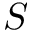
S